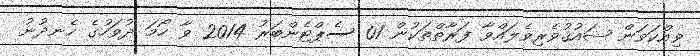
ވިއްކަވަން ޝައުޤުވެރިވެލައްވާ ފަރާތްތަކުން 01 ސެޕްޓެންބަރު 2014 ވާ ހޯމަަ ދުވަހުގެ ހެނދުނު